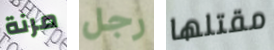
مرنة رجل مقتلها